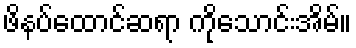
ဖိနပ်ထောင်ဆရာ ကိုသောင်းအိမ်။